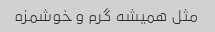
مثل همیشه گرم و خوشمزه